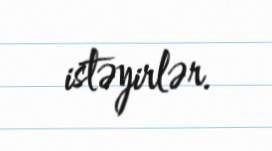
istəyirlər.